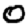
Digit: 0